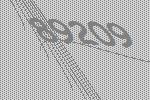
89209